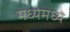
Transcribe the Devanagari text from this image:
मध्येमध्ये